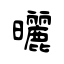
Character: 曬